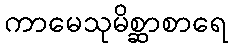
ကာမေသုမိစ္ဆာစာရေ